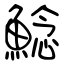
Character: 鯰